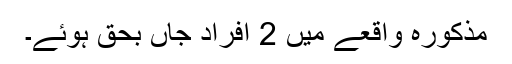
مذکورہ واقعے میں 2 افراد جاں بحق ہوئے۔